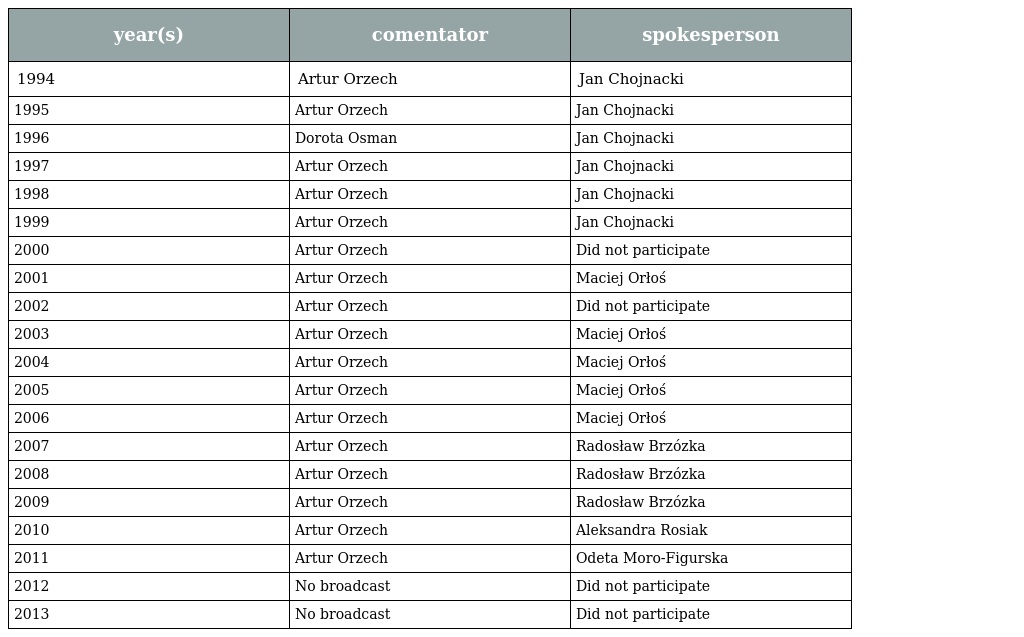
| year(s) | comentator | spokesperson |
 | --- | --- | --- |
 | 1994 | Artur Orzech | Jan Chojnacki |
 | 1995 | Artur Orzech | Jan Chojnacki |
 | 1996 | Dorota Osman | Jan Chojnacki |
 | 1997 | Artur Orzech | Jan Chojnacki |
 | 1998 | Artur Orzech | Jan Chojnacki |
 | 1999 | Artur Orzech | Jan Chojnacki |
 | 2000 | Artur Orzech | Did not participate |
 | 2001 | Artur Orzech | Maciej Orłoś |
 | 2002 | Artur Orzech | Did not participate |
 | 2003 | Artur Orzech | Maciej Orłoś |
 | 2004 | Artur Orzech | Maciej Orłoś |
 | 2005 | Artur Orzech | Maciej Orłoś |
 | 2006 | Artur Orzech | Maciej Orłoś |
 | 2007 | Artur Orzech | Radosław Brzózka |
 | 2008 | Artur Orzech | Radosław Brzózka |
 | 2009 | Artur Orzech | Radosław Brzózka |
 | 2010 | Artur Orzech | Aleksandra Rosiak |
 | 2011 | Artur Orzech | Odeta Moro-Figurska |
 | 2012 | No broadcast | Did not participate |
 | 2013 | No broadcast | Did not participate |